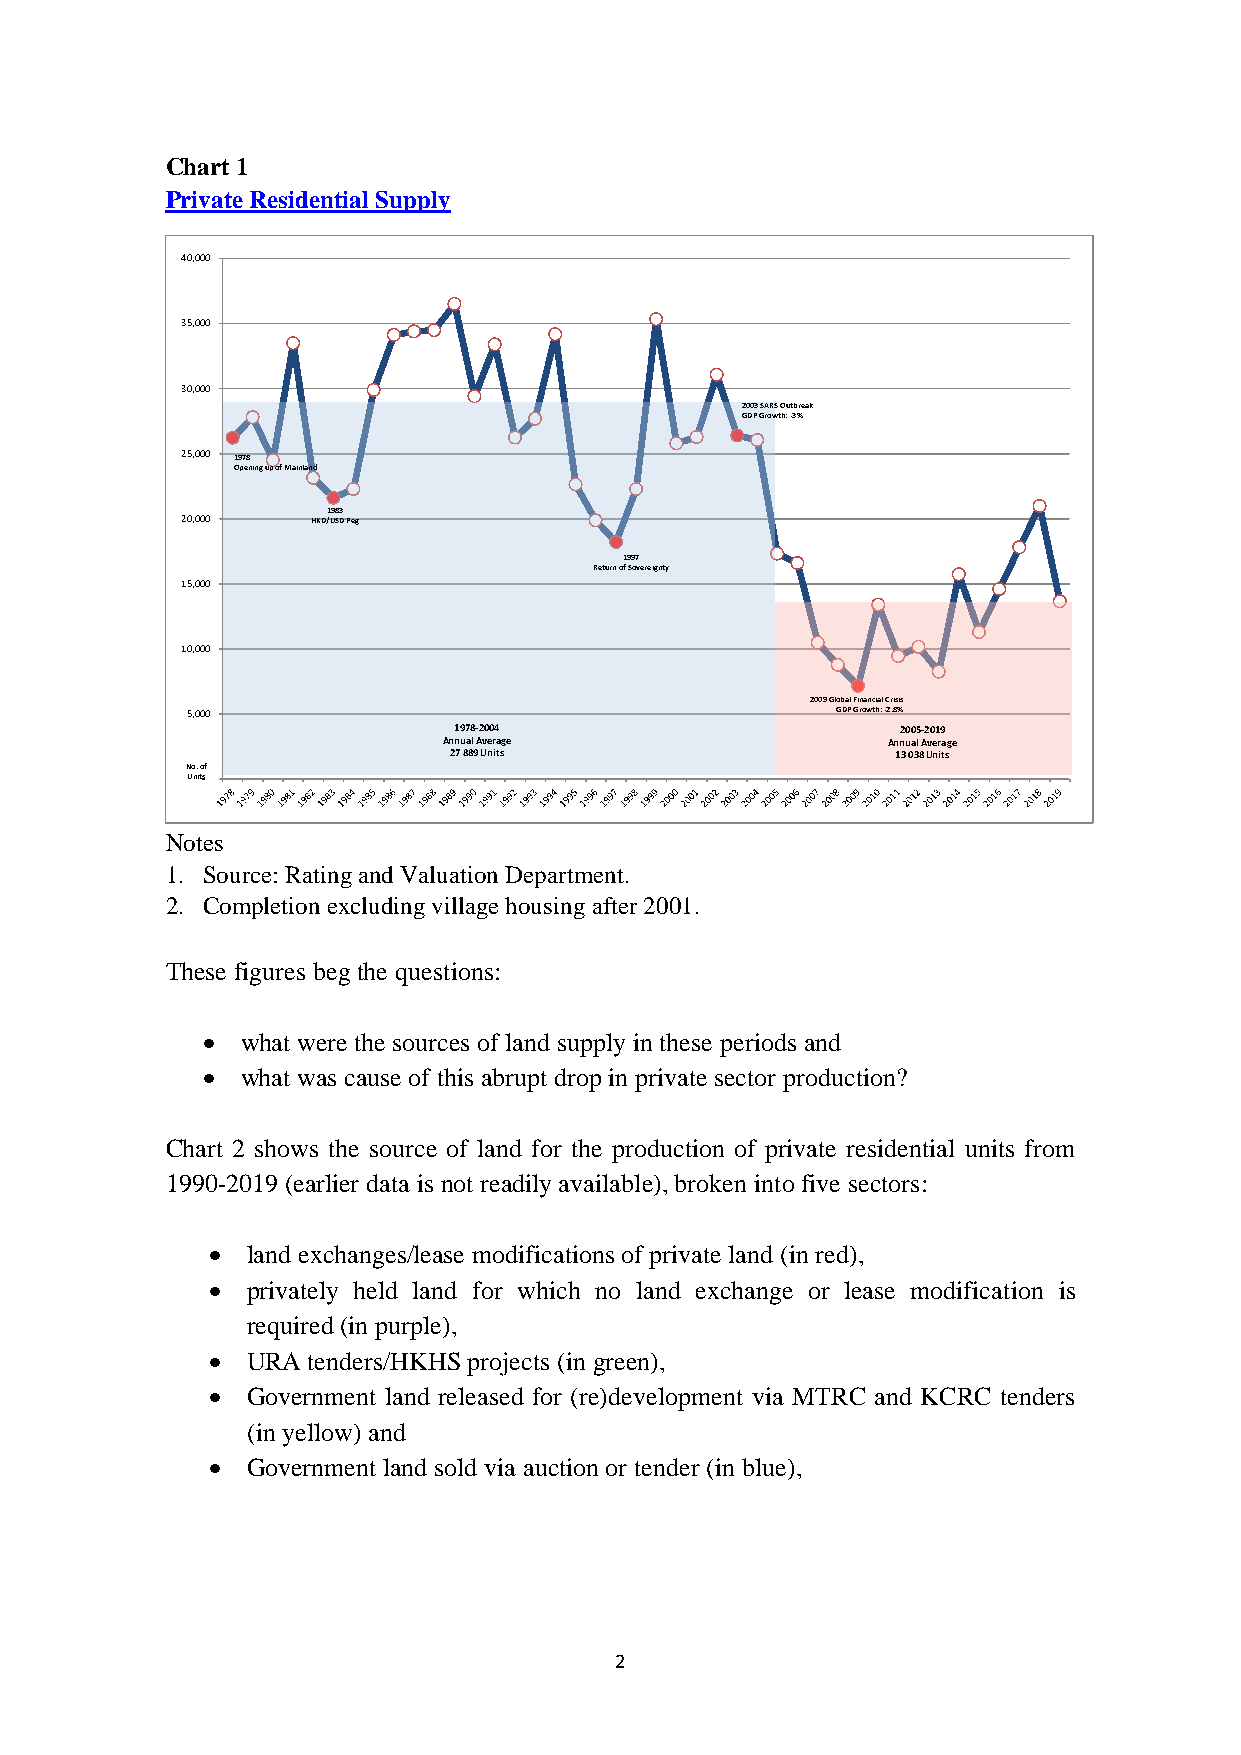
Chart 1
 Private Residential Supply
 40,000
 35,000
 30,000
 2003 SARS Outbreak
 GDP Growth: -3%
 25,000 1978
 Opening up of Mainland
 1983
 20,000   HKD/USD Peg
 1997
 Return of Sovereignty
 15,000
 10,000
 2009 Global Financial Crisis
 5,000                                      GDP Growth: -2.8%
 1978-2004                     2005-2019
 Annual Average                Annual Average
 27 889 Units                 13 038 Units
 No. of
 Unit s-
 Notes
 1. Source: Rating and Valuation Department.
 2. Completion excluding village housing after 2001.
 These figures beg the questions:
   what were the sources of land supply in these periods and
   what was cause of this abrupt drop in private sector production?
 Chart 2 shows the source of land for the production of private residential units from
 1990-2019 (earlier data is not readily available), broken into five sectors:
  land exchanges/lease modifications of private land (in red),
  privately held land for which no land exchange or lease modification is
 required (in purple),
  URA tenders/HKHS projects (in green),
  Government land released for (re)development via MTRC and KCRC tenders
 (in yellow) and
  Government land sold via auction or tender (in blue),
 2